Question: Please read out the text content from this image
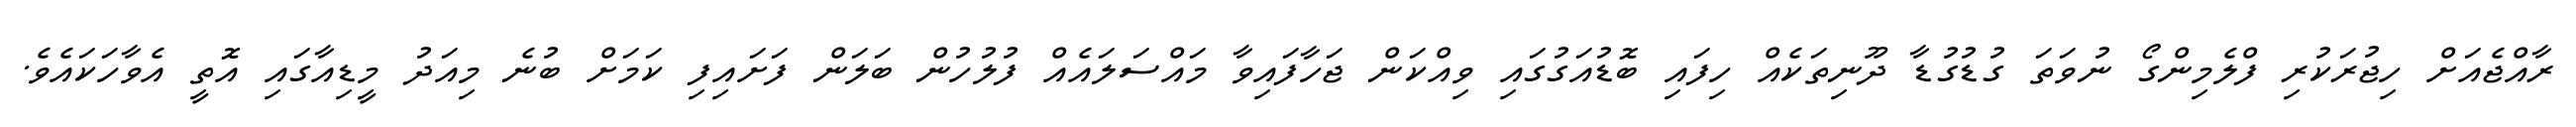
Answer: ރާއްޖެއަށް ހިޖުރަކުރި ފްލެމިންގޯ ނުވަތަ ގުޑުގުޑާ ދޫނިތަކެއް ހިފައި ބޮޑުއަގުގައި ވިއްކަން ޖަހާފައިވާ މައްސަލައެއް ފުލުހުން ބަލަން ފަށައިފި ކަމަށް ބުނެ މިއަދު މީޑިއާގައި އޮތީ އެވާހަކައެވެ.